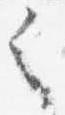
之